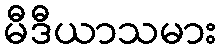
မီဒီယာသမား